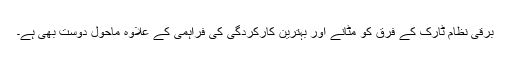
برقی نظام ٹارک کے فرق کو مٹانے اور بہترین کارکردگی کی فراہمی کے علاوہ ماحول دوست بھی ہے۔